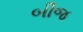
બીજ